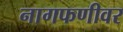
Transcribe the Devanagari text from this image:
नागफणीवर